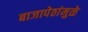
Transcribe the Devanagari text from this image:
बाजापेठांमुळे